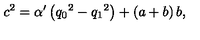
{ c ^ { 2 } } = { \alpha ^ { \prime } } \left( { q _ { 0 } } ^ { 2 } - { q _ { 1 } } ^ { 2 } \right) + \left( a + b \right) b ,